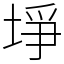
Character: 埩